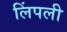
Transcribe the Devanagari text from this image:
लिंपली